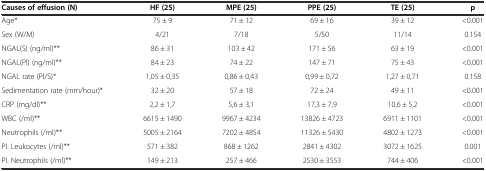
<table><thead><tr><td><b>Causes of effusion (N)</b></td><td><b>HF (25)</b></td><td><b>MPE (25)</b></td><td><b>PPE (25)</b></td><td><b>TE (25)</b></td><td><b>p</b></td></tr></thead><tbody><tr><td>Age*</td><td>75 ± 9</td><td>71 ± 12</td><td>69 ± 16</td><td>39 ± 12</td><td>&lt;0.001</td></tr><tr><td>Sex (W/M)</td><td>4/21</td><td>7/18</td><td>5/50</td><td>11/14</td><td>0.154</td></tr><tr><td>NGAL(S) (ng/ml)**</td><td>86 ± 31</td><td>103 ± 42</td><td>171 ± 56</td><td>63 ± 19</td><td>&lt;0.001</td></tr><tr><td>NGAL(Pl) (ng/ml)**</td><td>84 ± 23</td><td>74 ± 22</td><td>147 ± 71</td><td>75 ± 43</td><td>&lt;0.001</td></tr><tr><td>NGAL rate (Pl/S)*</td><td>1,05 ± 0,35</td><td>0,86 ± 0,43</td><td>0,99 ± 0,72</td><td>1,27 ± 0,71</td><td>0.158</td></tr><tr><td>Sedimentation rate (mm/hour)*</td><td>32 ± 20</td><td>57 ± 18</td><td>72 ± 24</td><td>49 ± 11</td><td>&lt;0.001</td></tr><tr><td>CRP (mg/dl)**</td><td>2,2 ± 1,7</td><td>5,6 ± 3,1</td><td>17,3 ± 7,9</td><td>10,6 ± 5,2</td><td>&lt;0.001</td></tr><tr><td>WBC (/ml)**</td><td>6615 ± 1490</td><td>9967 ± 4234</td><td>13826 ± 4723</td><td>6911 ± 1101</td><td>&lt;0.001</td></tr><tr><td>Neutrophils (/ml)**</td><td>5005 ± 2164</td><td>7202 ± 4854</td><td>11326 ± 5430</td><td>4802 ± 1273</td><td>&lt;0.001</td></tr><tr><td>Pl. Leukocytes (/ml)**</td><td>571 ± 382</td><td>868 ± 1262</td><td>2841 ± 4302</td><td>3072 ± 1625</td><td>0.001</td></tr><tr><td>Pl. Neutrophils (/ml)**</td><td>149 ± 213</td><td>257 ± 466</td><td>2530 ± 3553</td><td>744 ± 406</td><td>&lt;0.001</td></tr></tbody></table>